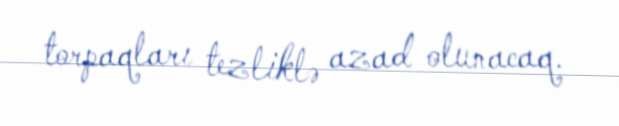
torpaqları tezliklə azad olunacaq.